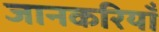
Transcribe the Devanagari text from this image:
जानकरियाँ